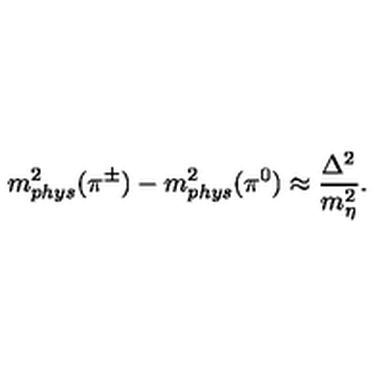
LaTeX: m _ { p h y s } ^ { 2 } ( \pi ^ { \pm } ) - m _ { p h y s } ^ { 2 } ( \pi ^ { 0 } ) \approx \frac { \Delta ^ { 2 } } { m _ { \eta } ^ { 2 } } .